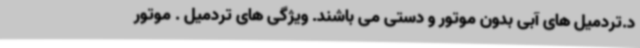
د.تردمیل های آبی بدون موتور و دستی می باشند. ویژگی های تردمیل . موتور